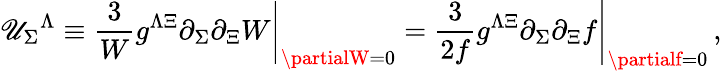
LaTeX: {\cal\mathscr{U}}_{\Sigma}{}^{\Lambda}\equiv\left.\frac{{3}}{{W}}g^{\Lambda\Xi}\partial_{\Sigma}\partial_{\Xi}W\right|_{\partialW=0}=\left.\frac{{3}}{{2f}}g^{\Lambda\Xi}\partial_{\Sigma}\partial_{\Xi}f\right|_{\partialf=0}\, ,